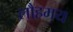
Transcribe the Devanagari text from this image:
लौहमय